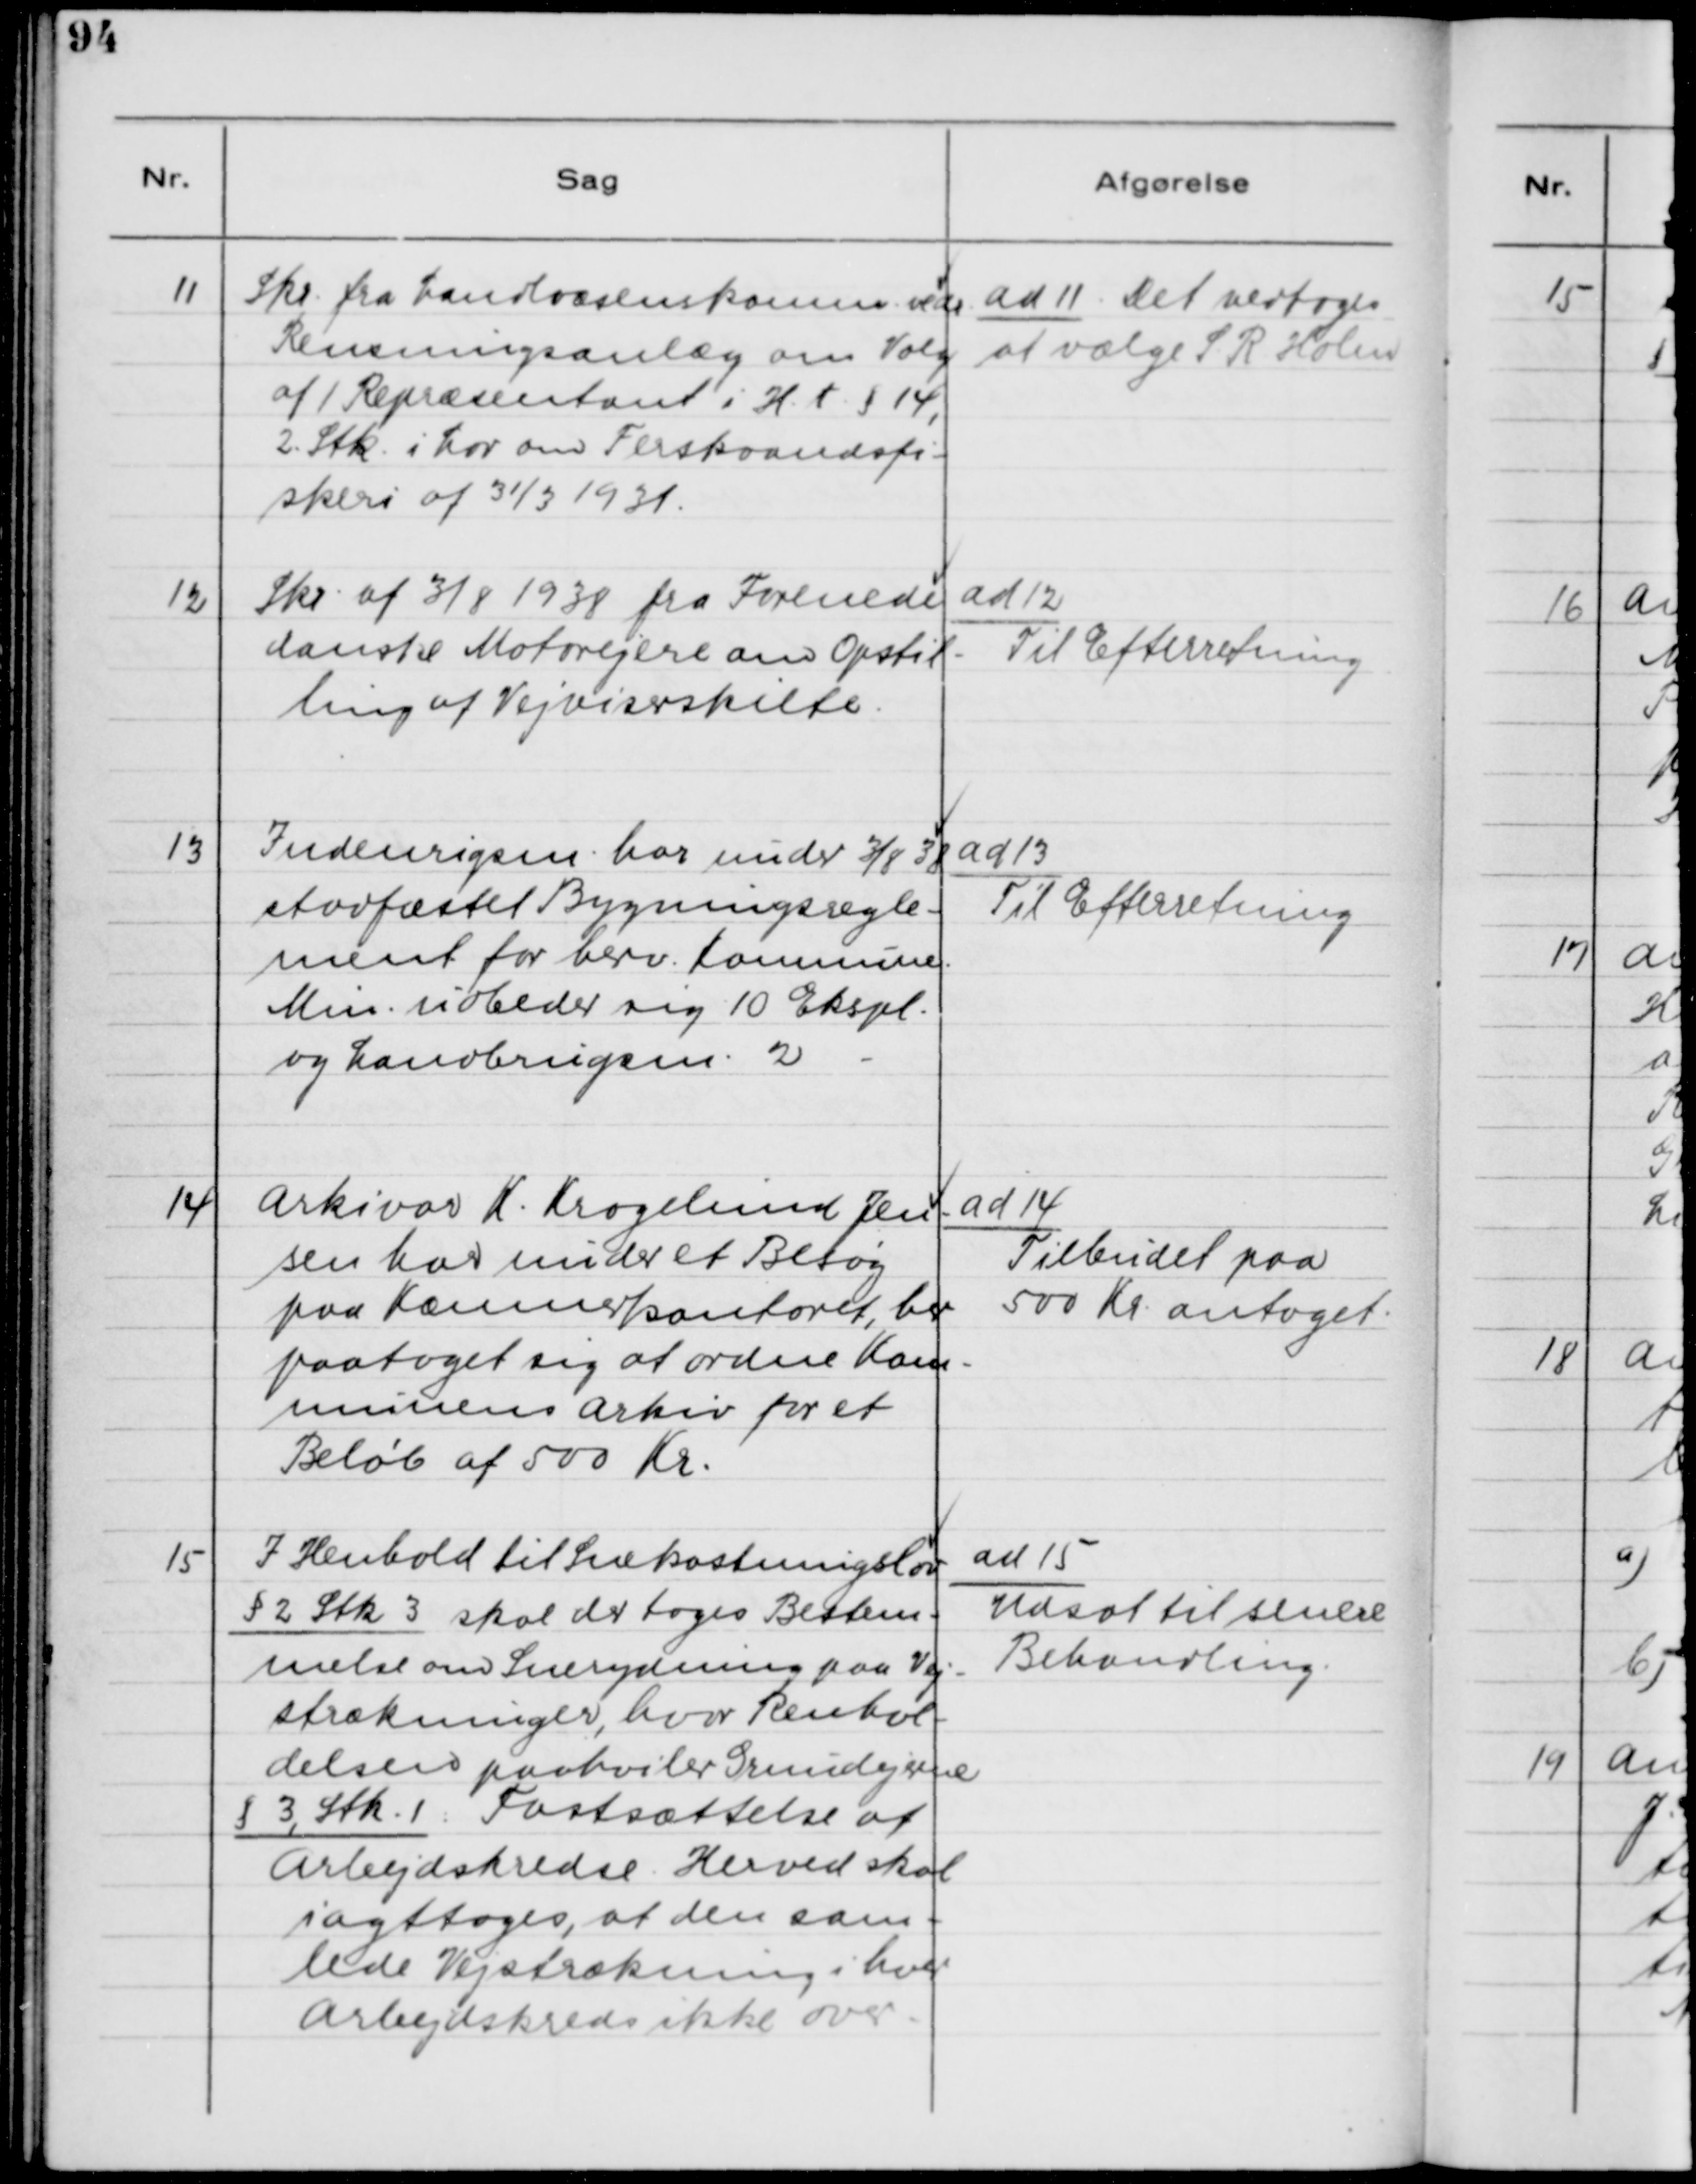
Transskription:
11. Skr. fra Landvæsenkomm. vedr.
Rensningsanlæg om Valg
af 1 Repræsentant i H.t. § 14,
2 Stk. i Lov om Ferskvandsfi-
skeri af 31/3 1931.

ad 11. Det vedtoges
at vælge S. R. Holm

12. Skr. af 3/8 1938 fra Forenede
danske Motorejere om Opstil-
ling af Vejviserskilte.

ad 12.
Til Efterretning

13. Indenrigsm. har under 3/8 38
stadfæstet Bygningsregle-
ment for herv. Kommune.
Min. udbeder sig 10 Ekspl.
og Landbrugsm. 2 -

ad 13.
Til Efterretning.

14. Arkivar K. Krogelund Jen-
sen har under et Besøg
paa Kæmnerkontoret, her
paataget sig at ordne Kom-
munens Arkiv for et
Beløb af 500 Kr.

ad 14.
Tilbudet paa
500 Kr. antaget.

15. I Henhold til Snekastningslov
§ 2 Stk. 3:  skal der tages Bestem-
melse om Snerydning paa Vej-
strækninger, hvor Renhol-
delse paahviler Grundejerne
§ 3, Stk. 1: Fastsættelse af
Arbejdskredse. Herved skal
iagttages, at den sam-
lede Vejstrækning i hver
Arbejdskreds ikke over-

ad 15.
Udsat til senere
Behandling.